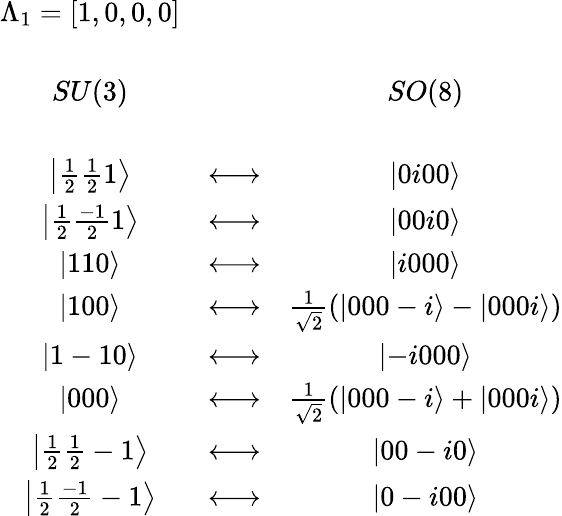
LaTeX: \begin{array}{ccc}{{\Lambda_{1}=[1,0,0,0]}}&{{}}&{{}}\\ {{}}&{{}}&{{}}\\ {{SU(3)}}&{{}}&{{SO(8)}}\\ {{}}&{{}}&{{}}\\ {{\left|\frac 12\frac 121\right\rangle}}&{{\longleftrightarrow}}&{{\left|0i00\right\rangle}}\\ {{\left|\frac 12\frac{-1}21\right\rangle}}&{{\longleftrightarrow}}&{{\left|00i0\right\rangle}}\\ {{\left|110\right\rangle}}&{{\longleftrightarrow}}&{{\left|i000\right\rangle}}\\ {{\left|100\right\rangle}}&{{\longleftrightarrow}}&{{\frac 1{\sqrt{2}}\left(\left|000-i\right\rangle-\left|000i\right\rangle\right)}}\\ {{\left|1-10\right\rangle}}&{{\longleftrightarrow}}&{{\left|-i000\right\rangle}}\\ {{\left|000\right\rangle}}&{{\longleftrightarrow}}&{{\frac 1{\sqrt{2}}\left(\left|000-i\right\rangle+\left|000i\right\rangle\right)}}\\ {{\left|\frac 12\frac 12-1\right\rangle}}&{{\longleftrightarrow}}&{{\left|00-i0\right\rangle}}\\ {{\left|\frac 12\frac{-1}2-1\right\rangle}}&{{\longleftrightarrow}}&{{\left|0-i00\right\rangle}}\end{array}